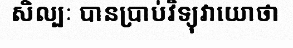
សិល្បៈ បានប្រាប់វិទ្យុវាយោថា